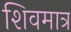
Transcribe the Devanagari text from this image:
शिवमात्र